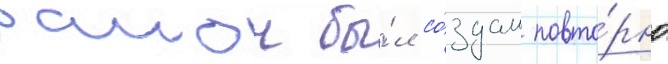
раион бы́л со́здан повто́рно